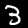
Digit: 3